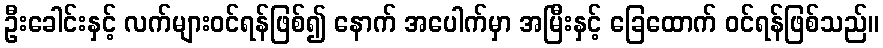
ဦးခေါင်းနှင့် လက်များဝင်ရန်ဖြစ်၍ နောက် အပေါက်မှာ အမြီးနှင့် ခြေထောက် ဝင်ရန်ဖြစ်သည်။